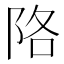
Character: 䧄